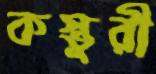
কস্তুরী